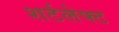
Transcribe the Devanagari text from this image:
शर्टलेफ्ट